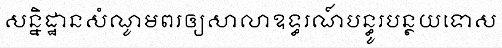
សន្និដ្ឋានសំណូមពរឲ្យសាលាឧទ្ធរណ៍បន្ធូរបន្ថយទោស